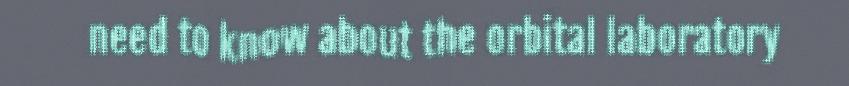
need to know about the orbital laboratory